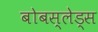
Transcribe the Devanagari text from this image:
बोबस्लेड्स